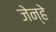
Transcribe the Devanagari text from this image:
जेन्हे